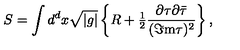
S = \int d ^ { d } x \sqrt { | g | } \left\{ R + { \textstyle \frac { 1 } { 2 } } \frac { \partial \tau \partial \bar { \tau } } { ( \Im \mathrm { m } \tau ) ^ { 2 } } \right\} ,